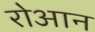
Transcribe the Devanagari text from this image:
रोआन